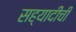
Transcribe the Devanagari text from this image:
सह्यादीची